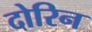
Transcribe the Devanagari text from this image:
दोरिन